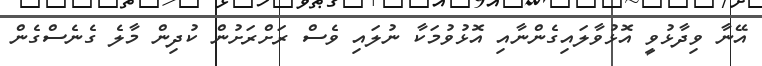
އޭނާ ވިދާޅުވީ އޮޅުވާލައިގެންނާއި އޮޅުވުމަކާ ނުލައި ވެސް ރަށްރަށުން ކުދިން މާލެ ގެނެސްގެން